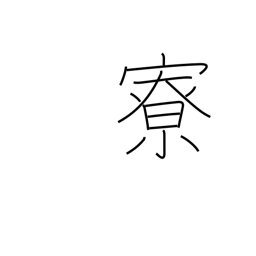
Meaning: tea pavillion